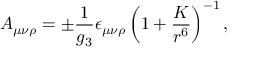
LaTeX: A _ { \mu \nu \rho } = \pm { \frac { 1 } { g _ { 3 } } } \epsilon _ { \mu \nu \rho } \left( 1 + { \frac { K } { r ^ { 6 } } } \right) ^ { - 1 } ,